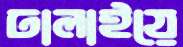
ঢালাইয়ে